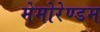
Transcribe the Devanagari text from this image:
मेमोरेण्डम